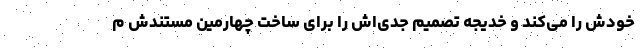
خودش را می‌کند و خدیجه تصمیم جدی‌اش را برای ساخت چهارمین مستندش م